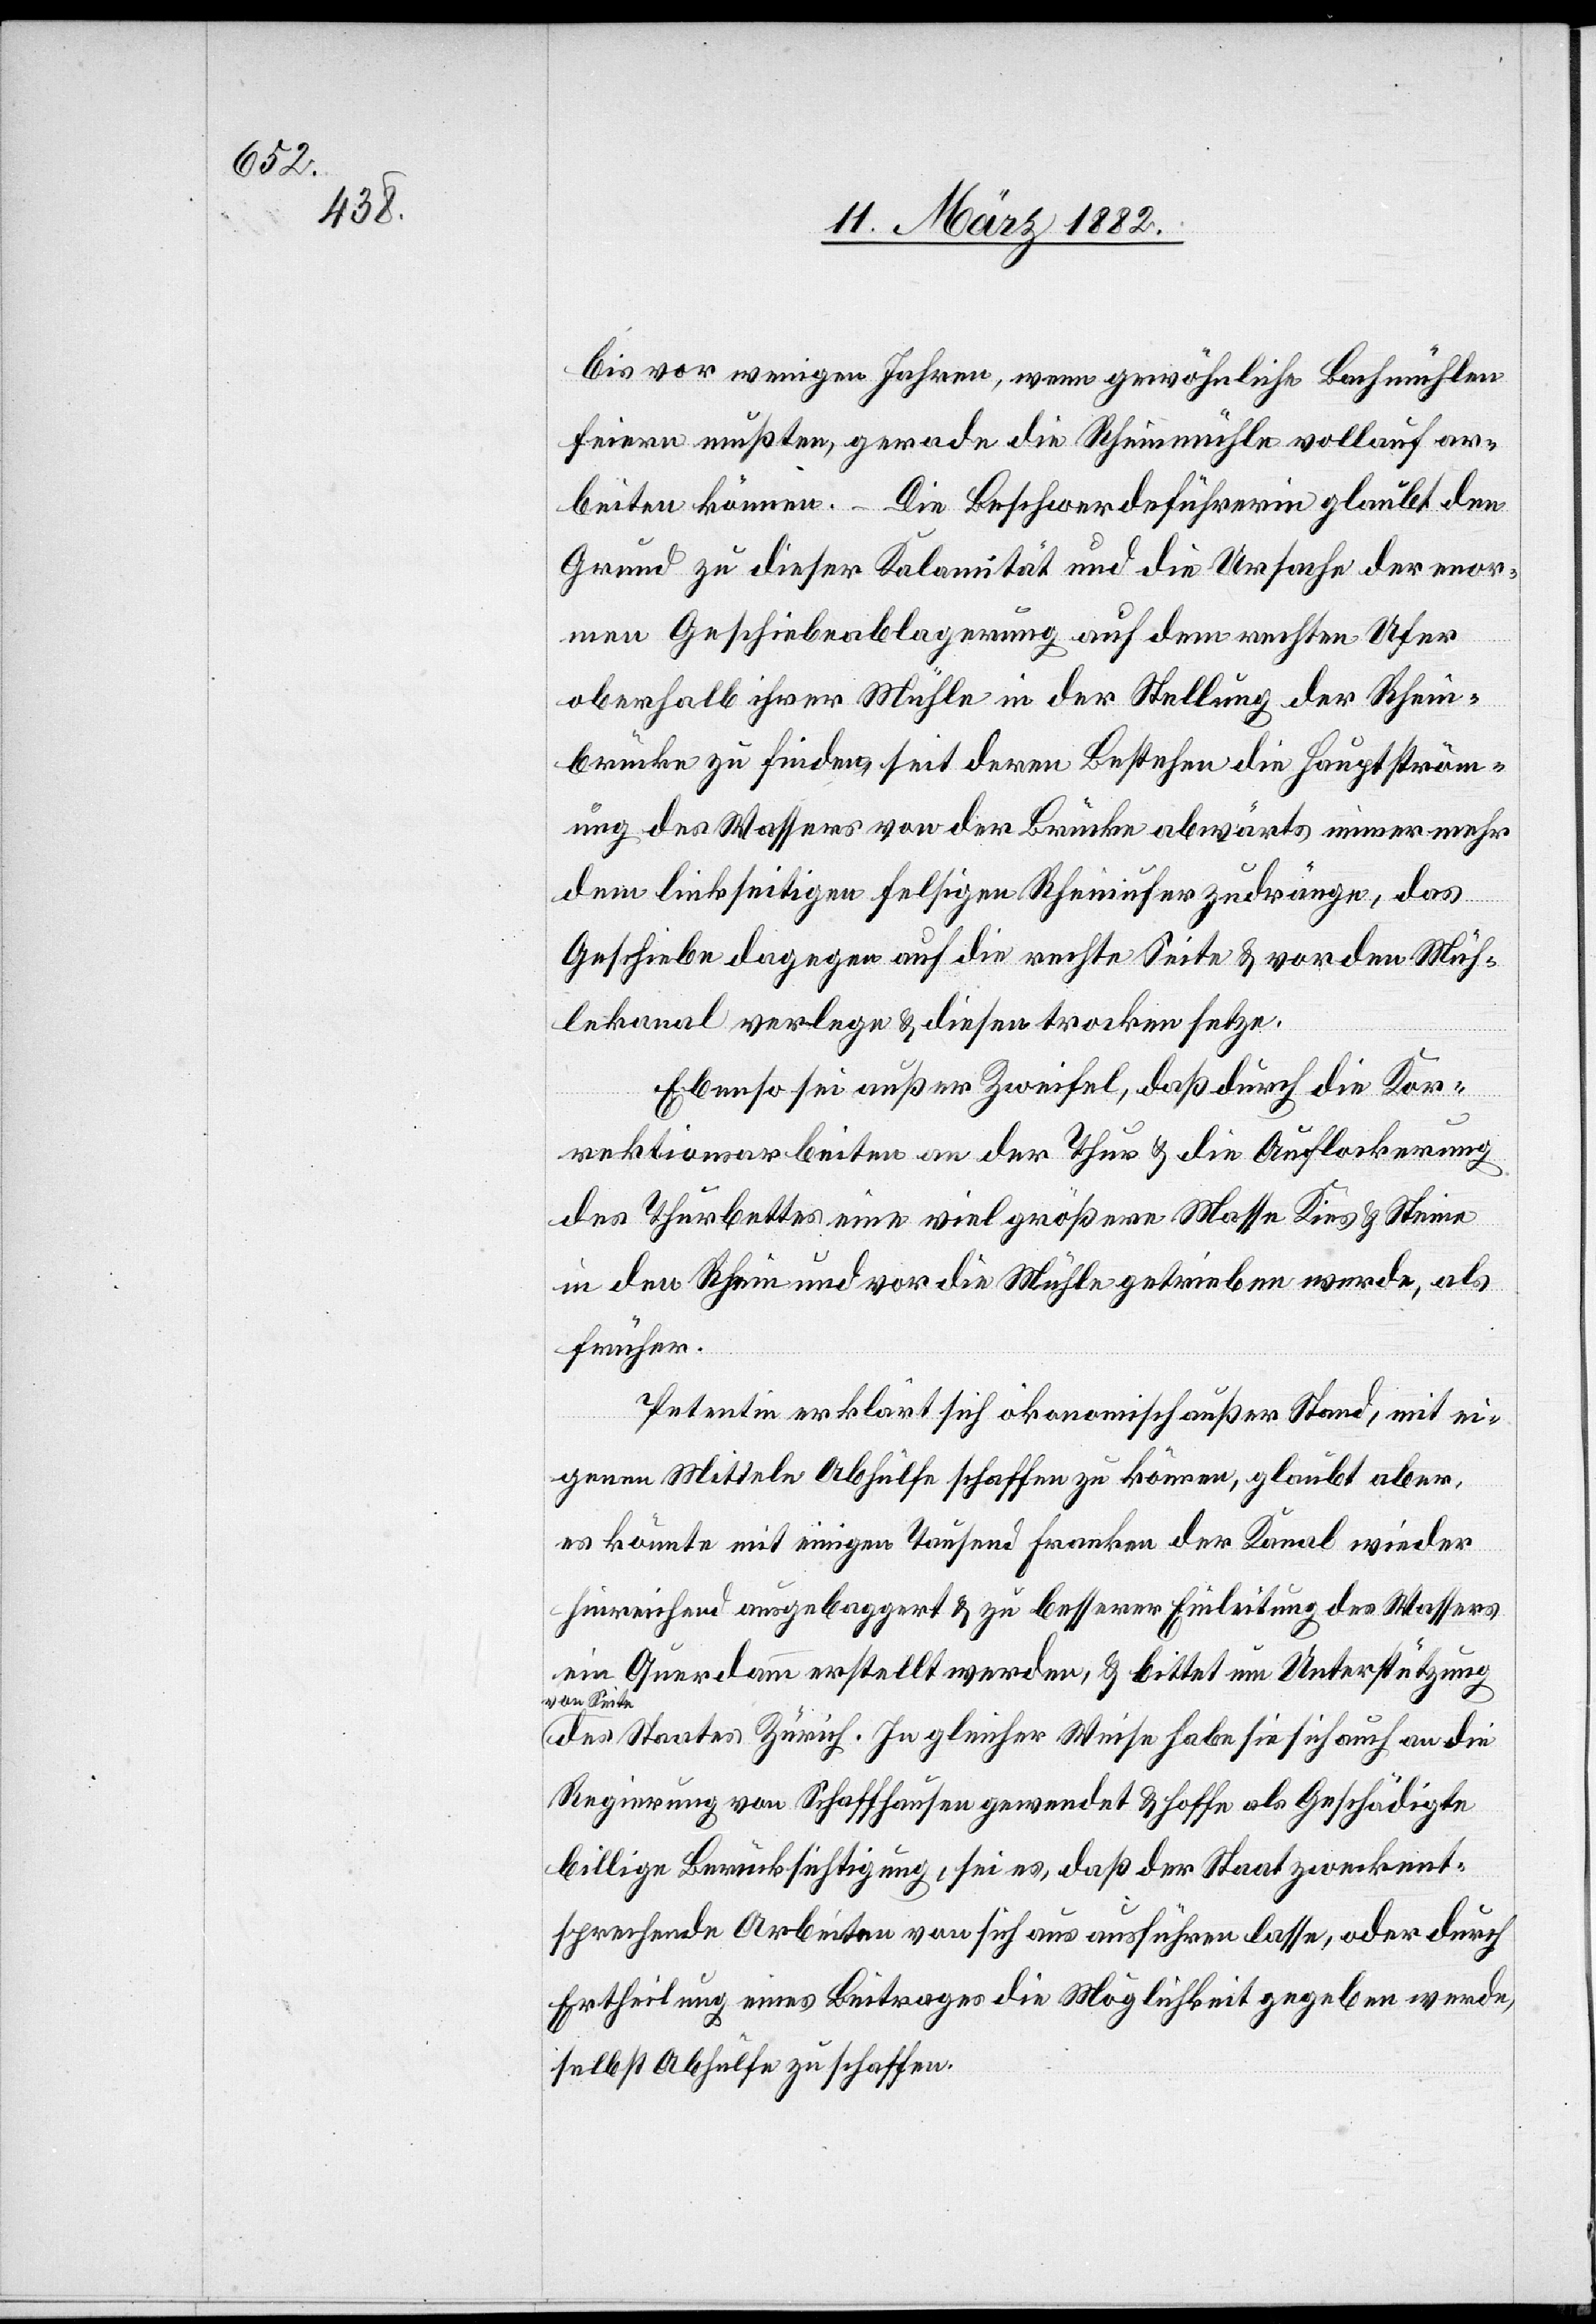
bis vor wenigen Jahren, wenn gewöhnliche Bachmühlen
feiern mußten, gerade die Rheinmühle vollauf ar¬
beiten können. – Die Beschwerdeführerin glaubt den
Grund dieser Kalamität und die Ursache der enor¬
men Geschiebeablagerung auf dem rechten Ufer
oberhalb ihrer Mühle in der Stellung der Rhein¬
brücke zu finden, seit deren Bestehen die Hauptström¬
ung des Wassers von der Brücke abwärts immer mehr
dem linksseitigen felsigen Rheinufer zudränge, das
Geschiebe dagegen auf die rechte Seite & vor den Müh¬
lenkanal verlege & diesen trocken setze.
Ebenso sei außer Zweifel, daß durch die Kor¬
rektionsarbeiten an der Thur & die Auflockerung
des Thurbettes eine viel größere Masse Kies & Steine
in den Rhein und vor die Mühle getrieben werde, als
früher.
Petentin erklärt sich ökonomisch außer Stand, mit ei¬
genen Mitteln Abhülfe schaffen zu können, glaubt aber
es könnte mit einigen Tausend Franken der Kanal wieder
hinreichend ausgebaggert & zu besserer Einleitung des Wassers
ein Querdamm erstellt werden, & bittet um Unterstützung
von Seite
des Staates Zürich. In gleicher Weise habe sie sich auch an die
Regierung von Schaffhausen gewendet & hoffe als Geschädigte
billige Berücksichtigung, sei es, daß der Staat zweckent¬
sprechende Arbeiten von sich aus ausführen lasse, oder durch
Ertheilung eines Beitrages die Möglichkeit gegeben werde,
selbst Abhülfe zu schaffen.